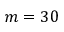
m = 3 0